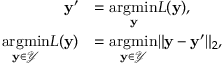
\begin{array} { r l } { \mathbf { y } ^ { \prime } } & { = \underset { \mathbf { y } } { \mathrm { a r g m i n } } L ( \mathbf { y } ) , } \\ { \underset { \mathbf { y } \in \mathcal { Y } } { \mathrm { a r g m i n } } L ( \mathbf { y } ) } & { = \underset { \mathbf { y } \in \mathcal { Y } } { \mathrm { a r g m i n } } \lVert \mathbf { y } - \mathbf { y } ^ { \prime } \rVert _ { 2 } , } \end{array}